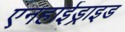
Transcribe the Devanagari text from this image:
एनहाईड्राइड